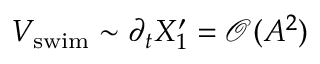
V _ { \mathrm { s w i m } } \sim \partial _ { t } X _ { 1 } ^ { \prime } = \mathcal { O } ( A ^ { 2 } )